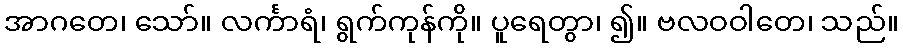
အာဂတေ၊ သော်။ လင်္ကာရံ၊ ရွက်ကုန်ကို။ ပူရေတွာ၊ ၍။ ဗလဝဝါတေ၊ သည်။